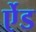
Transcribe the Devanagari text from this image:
र्एेड